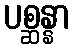
ပစ္ဆန္နာ